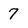
Character: 7